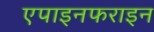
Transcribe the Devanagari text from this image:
एपाइनफराइन